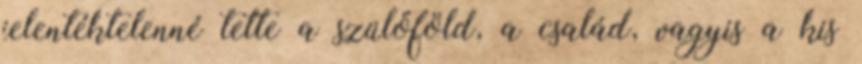
jelentéktelenné tette a szülőföld, a család, vagyis a kis